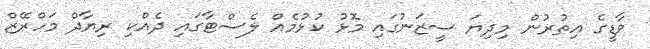
ވާޑީގެ އިތުރުން މިދިޔަ ސީޒަނުގައި މޮޅު ކުޅުމެއް ލެސްޓާގައި ދެއްކި ރިޔާދް މަހްރޭޒް